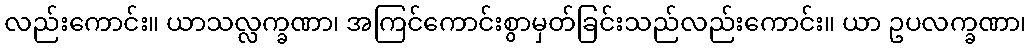
လည်းကောင်း။ ယာသလ္လက္ခဏာ၊ အကြင်ကောင်းစွာမှတ်ခြင်းသည်လည်းကောင်း။ ယာ ဥပလက္ခဏာ၊